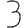
Digit: 3